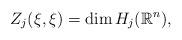
LaTeX: \begin{align*}Z_{j}(\xi,\xi)=\dim{H_{j}(\mathbb{R}^{n})},\end{align*}